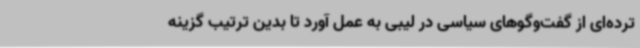
ترده‌ای از گفت‌وگوهای سیاسی در لیبی به عمل آورد تا بدین ترتیب گزینه